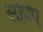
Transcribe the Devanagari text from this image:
सहाए